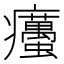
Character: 𤼚